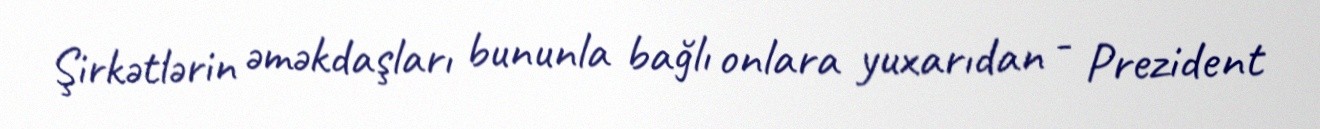
Şirkətlərin əməkdaşları bununla bağlı onlara yuxarıdan - Prezident